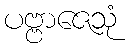
ပဗ္ဗာဇေသုံ